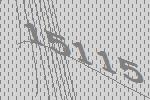
15115